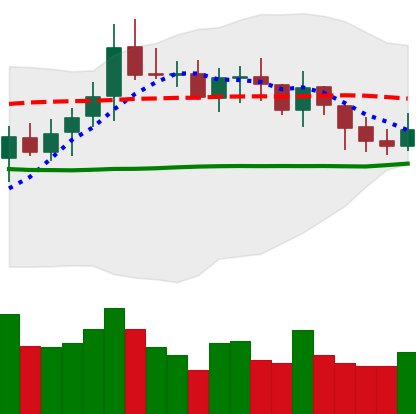
Ticker: XMR-USD
Chart end date: 2021-10-20
Forward return: 10.236%
Label: up_7plus